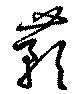
蕷